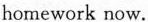
homework now.